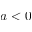
a < 0